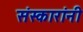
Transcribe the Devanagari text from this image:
संस्कारांनी